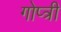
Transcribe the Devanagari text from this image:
गोप्त्री